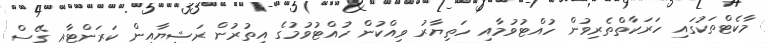
މާކެޓްތަކުގައި ހަރަކާތްތެރިވުން ހުއްޓުވުމާއި ހަތިޔާރު ވިއްކުން ހުއްޓުވުމުގެ އިތުރުން ރަޝިޔާއިން ކަރަންޓާއި ގޭސް